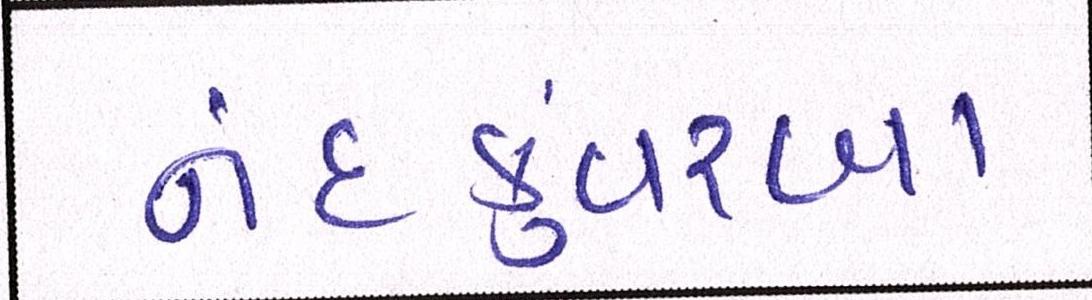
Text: નંદકુંવરબા